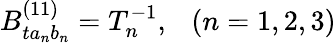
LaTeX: B_{ta_{n}b_{n}}^{(11)}=T_{n}^{-1},\ \ \ (n=1,2,3)